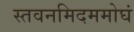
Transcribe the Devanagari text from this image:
स्तवनमिदममोघं